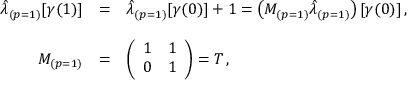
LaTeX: \begin{array} { r c l } { { \hat { \lambda } _ { ( p = 1 ) } [ \gamma ( 1 ) ] } } & { { = } } & { { \hat { \lambda } _ { ( p = 1 ) } [ \gamma ( 0 ) ] + 1 = \left( M _ { ( p = 1 ) } \hat { \lambda } _ { ( p = 1 ) } \right) [ \gamma ( 0 ) ] \, , } } \\ { { } } & { { } } & { { } } \\ { { M _ { ( p = 1 ) } } } & { { = } } & { { \left( \begin{array} { c c } { { 1 } } & { { 1 } } \\ { { 0 } } & { { 1 } } \end{array} \right) = T \, , } } \end{array}